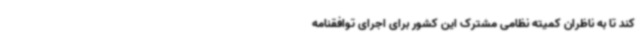
کند تا به ناظران کمیته نظامی مشترک این کشور برای اجرای توافقنامه